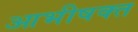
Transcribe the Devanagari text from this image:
आभीषक्त